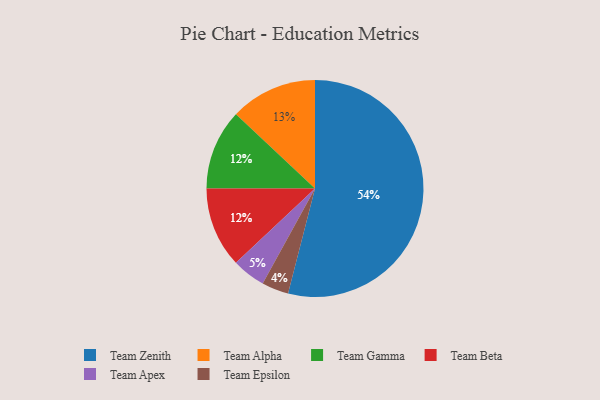
{"axis": {"x": "Category", "y": "Percentage"}, "legend": ["Team Alpha", "Team Apex", "Team Beta", "Team Epsilon", "Team Gamma", "Team Zenith"], "data": [{"x": "Team Epsilon", "y": 4, "type": "Team Epsilon"}, {"x": "Team Gamma", "y": 12, "type": "Team Gamma"}, {"x": "Team Beta", "y": 12, "type": "Team Beta"}, {"x": "Team Alpha", "y": 13, "type": "Team Alpha"}, {"x": "Team Apex", "y": 5, "type": "Team Apex"}, {"x": "Team Zenith", "y": 54, "type": "Team Zenith"}]}